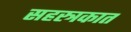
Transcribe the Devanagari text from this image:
सहस्त्रकात